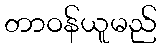
တာဝန်ယူမည်